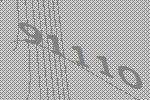
91110